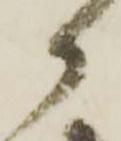
か